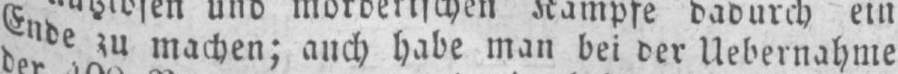
Ende zu machen; auch habe man bei der Uebernahme